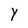
Character: Y